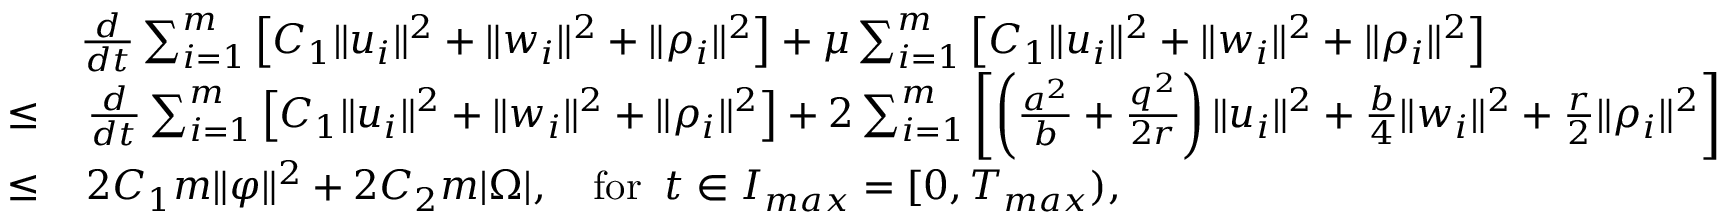
\begin{array} { r l } & { \frac { d } { d t } \sum _ { i = 1 } ^ { m } \left[ C _ { 1 } \| u _ { i } \| ^ { 2 } + \| w _ { i } \| ^ { 2 } + \| \rho _ { i } \| ^ { 2 } \right] + \mu \sum _ { i = 1 } ^ { m } \left[ C _ { 1 } \| u _ { i } \| ^ { 2 } + \| w _ { i } \| ^ { 2 } + \| \rho _ { i } \| ^ { 2 } \right] } \\ { \leq } & { \, \frac { d } { d t } \sum _ { i = 1 } ^ { m } \left[ C _ { 1 } \| u _ { i } \| ^ { 2 } + \| w _ { i } \| ^ { 2 } + \| \rho _ { i } \| ^ { 2 } \right] + 2 \sum _ { i = 1 } ^ { m } \left[ \left( \frac { a ^ { 2 } } { b } + \frac { q ^ { 2 } } { 2 r } \right) \| u _ { i } \| ^ { 2 } + \frac { b } { 4 } \| w _ { i } \| ^ { 2 } + \frac { r } { 2 } \| \rho _ { i } \| ^ { 2 } \right] } \\ { \leq } & { \, 2 C _ { 1 } m \| \varphi \| ^ { 2 } + 2 C _ { 2 } m | \Omega | , \quad \mathrm { f o r } \; \; t \in I _ { m a x } = [ 0 , T _ { m a x } ) , } \end{array}